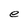
Character: e